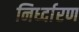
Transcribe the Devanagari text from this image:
निर्ध्दारण